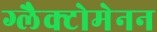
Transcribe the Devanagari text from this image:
ग्लैक्टोमेनन